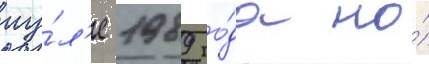
иу́л'е 1989 го́да на́